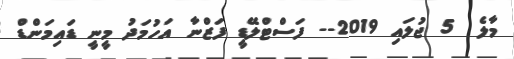
މާލެ  5 ޖުލައި 2019-- ފަސްޓްލޭޑީ ފަޒްނާ އަހުމަދު މީނީ ޑައިމަންޑް